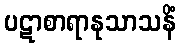
ပဋာစာရာနုသာသနိံ